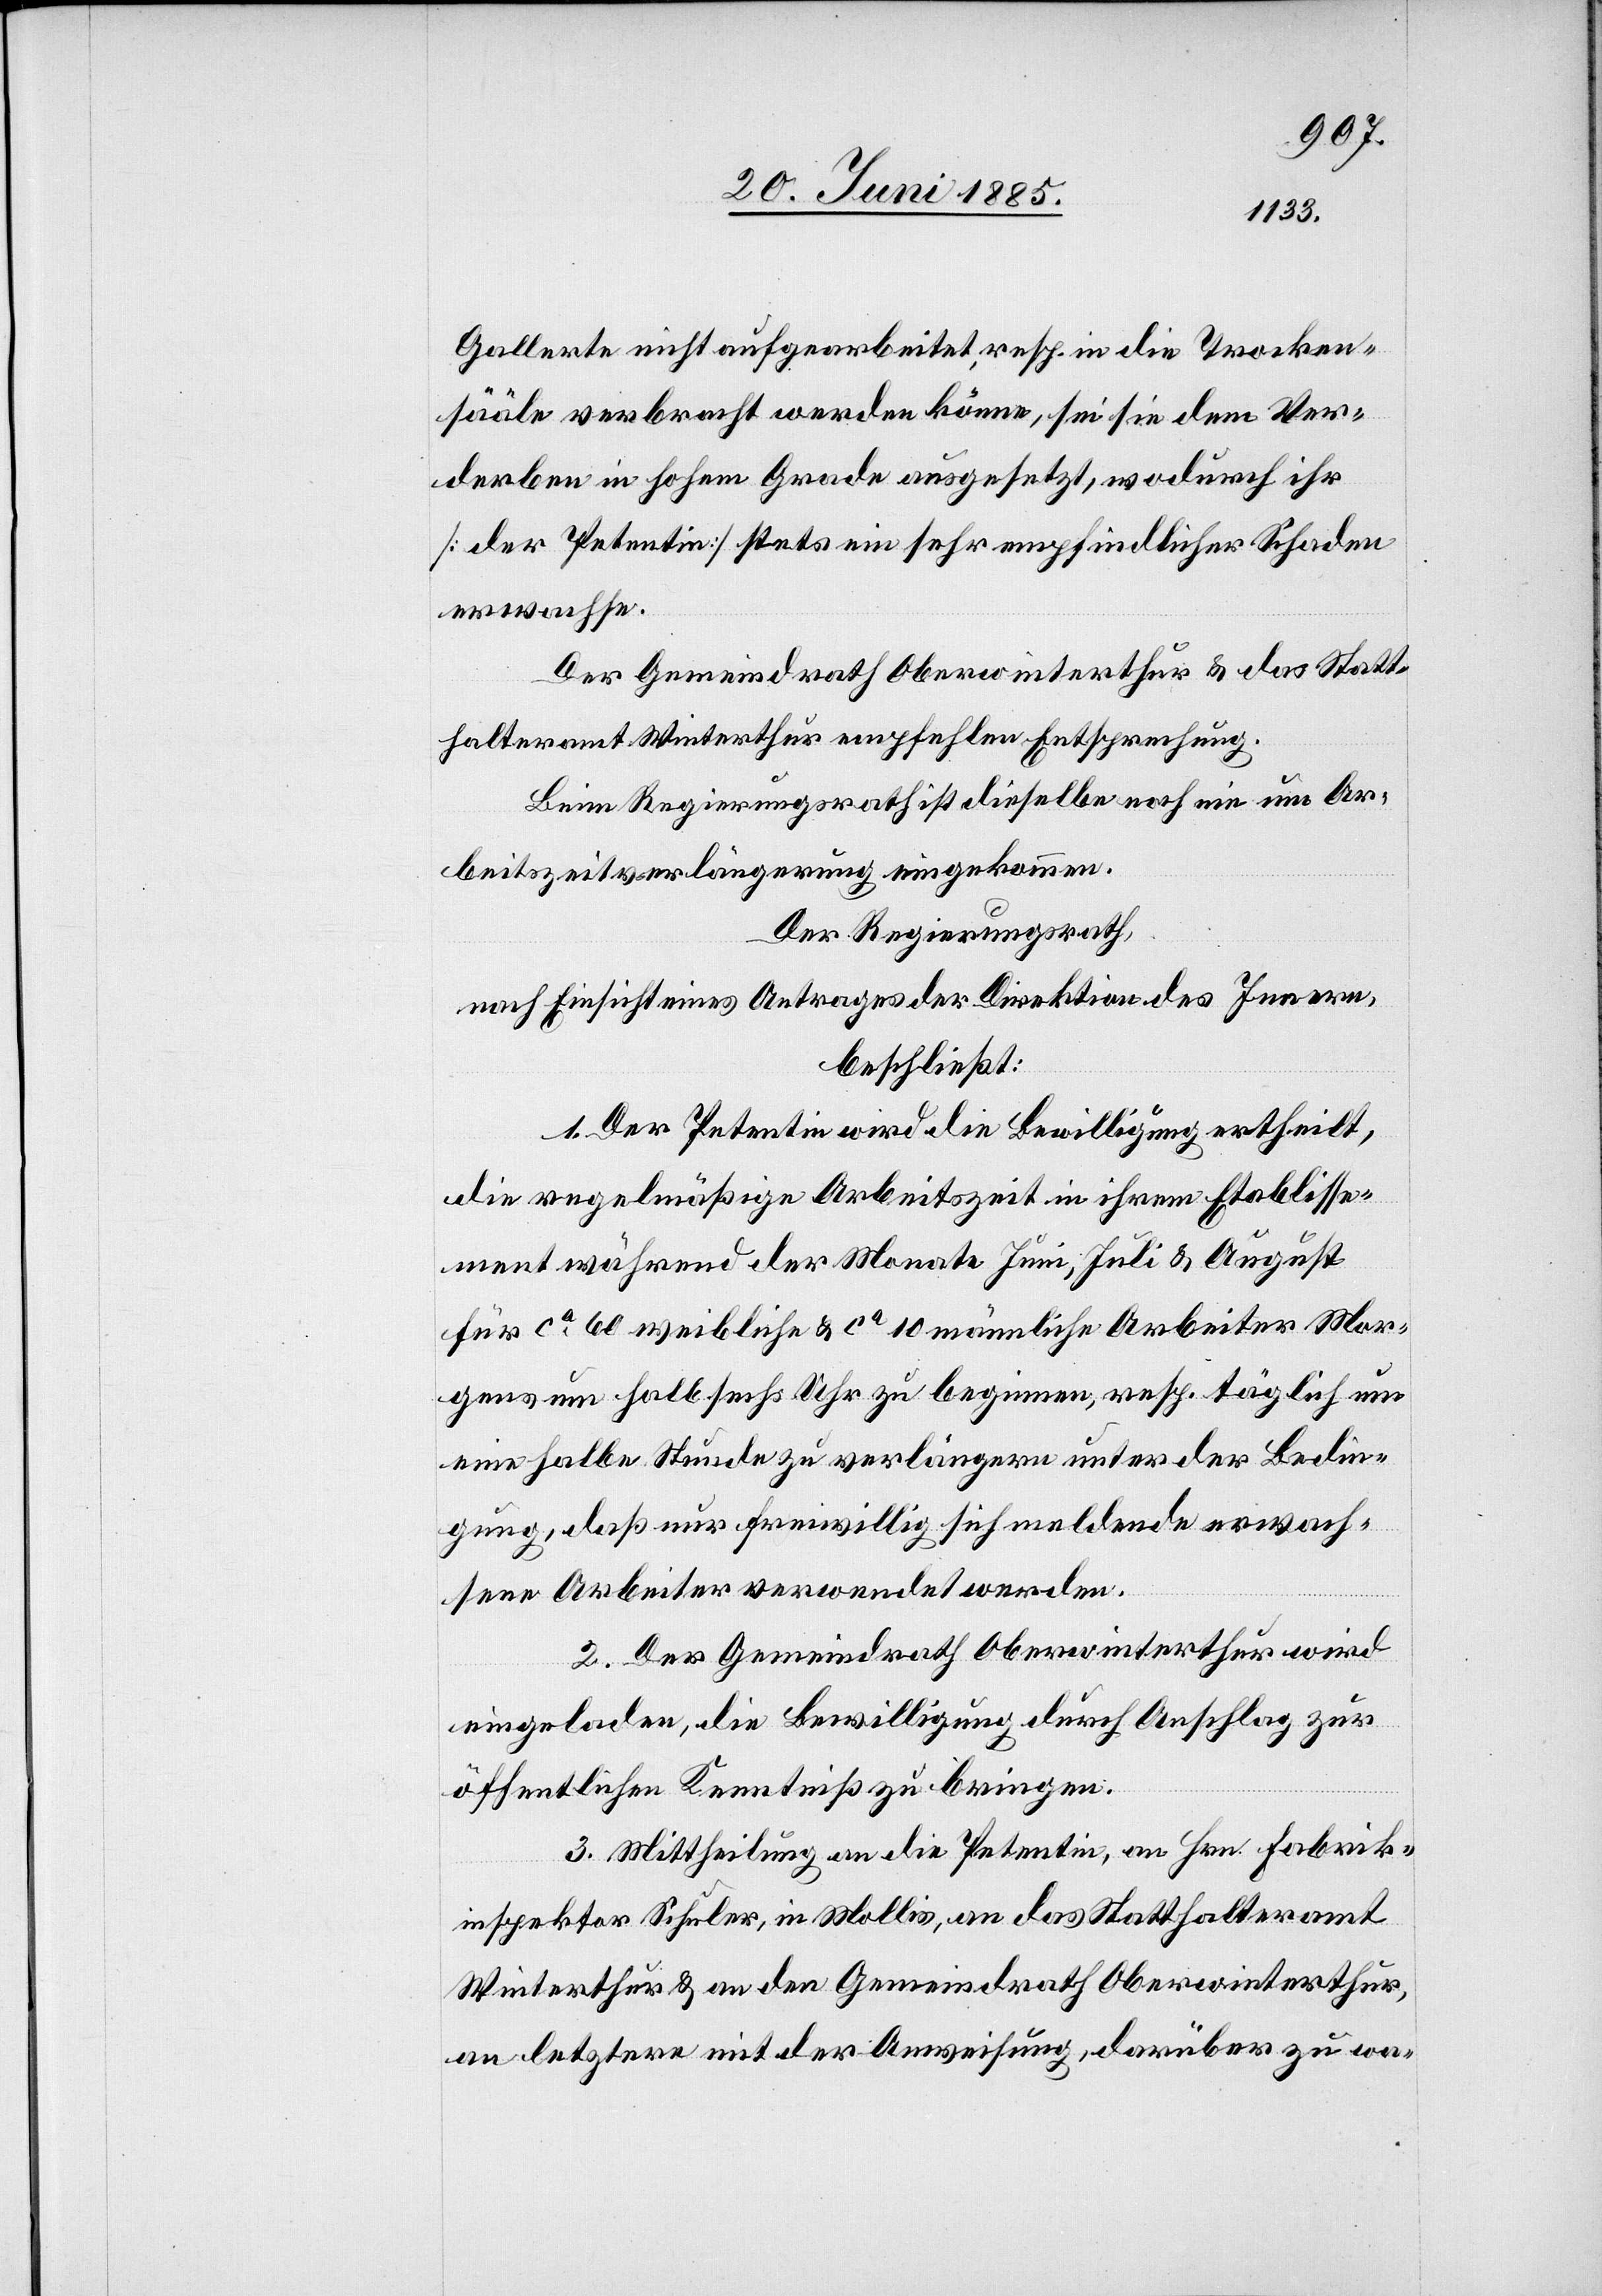
Gallerte nicht aufgearbeitet, resp. in die Trocken¬
sääle verbracht werden könne, sei sie dem Ver¬
derben in hohem Grade ausgesetzt, wodurch ihr
[der Petentin] stets ein sehr empfindlicher Schaden
erwachse.
Der Gemeindrath Oberwinterthur & das Statt¬
halteramt Winterthur empfehlen Entsprechung.
Beim Regierungsrath ist dieselbe noch nie um Ar¬
beitszeitverlängerung eingekommen.
Der Regierungsrath,
nach Einsicht eines Antrages der Direktion des Innern,
beschließt:
1. Der Petentin wird die Bewilligung ertheilt,
die regelmäßige Arbeitszeit in ihrem Etablisse¬
ment während der Monate Juni, Juli & August
für ca 60 weibliche & ca 10 männliche Arbeiter Mor¬
gens um halb sechs Uhr zu beginnen, resp. täglich um
eine halbe Stunde zu verlängern unter der Bedin¬
gung, daß nur freiwillig sich meldende erwach¬
sene Arbeiter verwendet werden.
2. Der Gemeindrath Oberwinterthur wird
eingeladen, die Bewilligung durch Anschlag zur
öffentlichen Kenntniß zu bringen.
3. Mittheilung an die Petentin, an Hrn. Fabrik¬
inspektor Schuler, in Mollis, an das Statthalteramt
Winterthur & an den Gemeindrath Oberwinterthur,
an letztere mit der Anweisung, darüber zu wa-